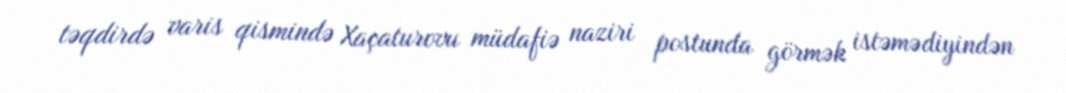
təqdirdə varis qismində Xaçaturovu müdafiə naziri postunda görmək istəmədiyindən